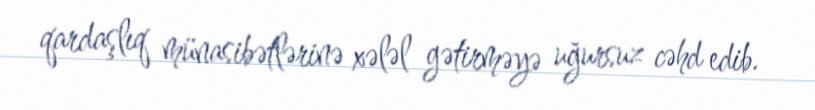
qardaşlıq münasibətlərinə xələl gətirməyə uğursuz cəhd edib.